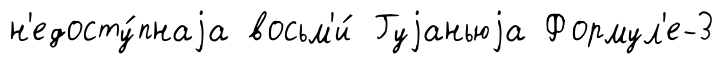
н'едосту́пнаjа восьм'и́ Гуjаньюjа Формул'е-3